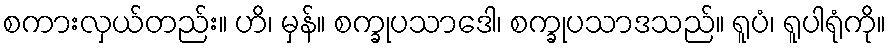
စကားလှယ်တည်း။ ဟိ၊ မှန်။ စက္ခုပသာဒေါ၊ စက္ခုပသာဒသည်။ ရူပံ၊ ရူပါရုံကို။